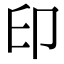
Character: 印